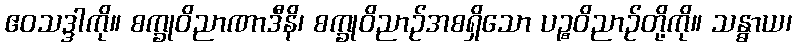
ဧဝသဒ္ဒါကို။ စက္ခုဝိညာဏာဒီနိ၊ စက္ခုဝိညာဉ်အစရှိသော ပဉ္စဝိညာဉ်တို့ကို။ သန္ဓာယ၊